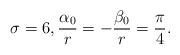
LaTeX: \begin{align*}\sigma=6, \frac{\alpha_0}{r}= -\frac{\beta_0}{r}=\frac{\pi}{4}.\end{align*}